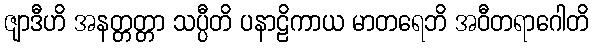
ဇျာဒီဟိ အနတ္တတ္တာ သပ္ပီတိ ပနာဠိကာယ မာတရေဘိ အဝီတရာဂေါတိ